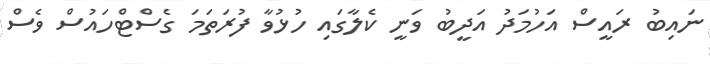
ނައިބު ރައީސް އަހުމަދު އަދީބު ވަނީ ކެލާގައި ހުޅުވާ ފުރަތަމަ ގެސްޓްހައުސް ވެސް